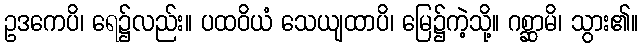
ဥဒကေပိ၊ ရေ၌လည်း။ ပထဝိယံ သေယျထာပိ၊ မြေ၌ကဲ့သို့။ ဂစ္ဆာမိ၊ သွား၏။